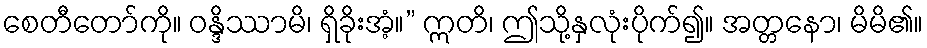
စေတီတော်ကို။ ဝန္ဒိဿာမိ၊ ရှိခိုးအံ့။” ဣတိ၊ ဤသို့နှလုံးပိုက်၍။ အတ္တနော၊ မိမိ၏။